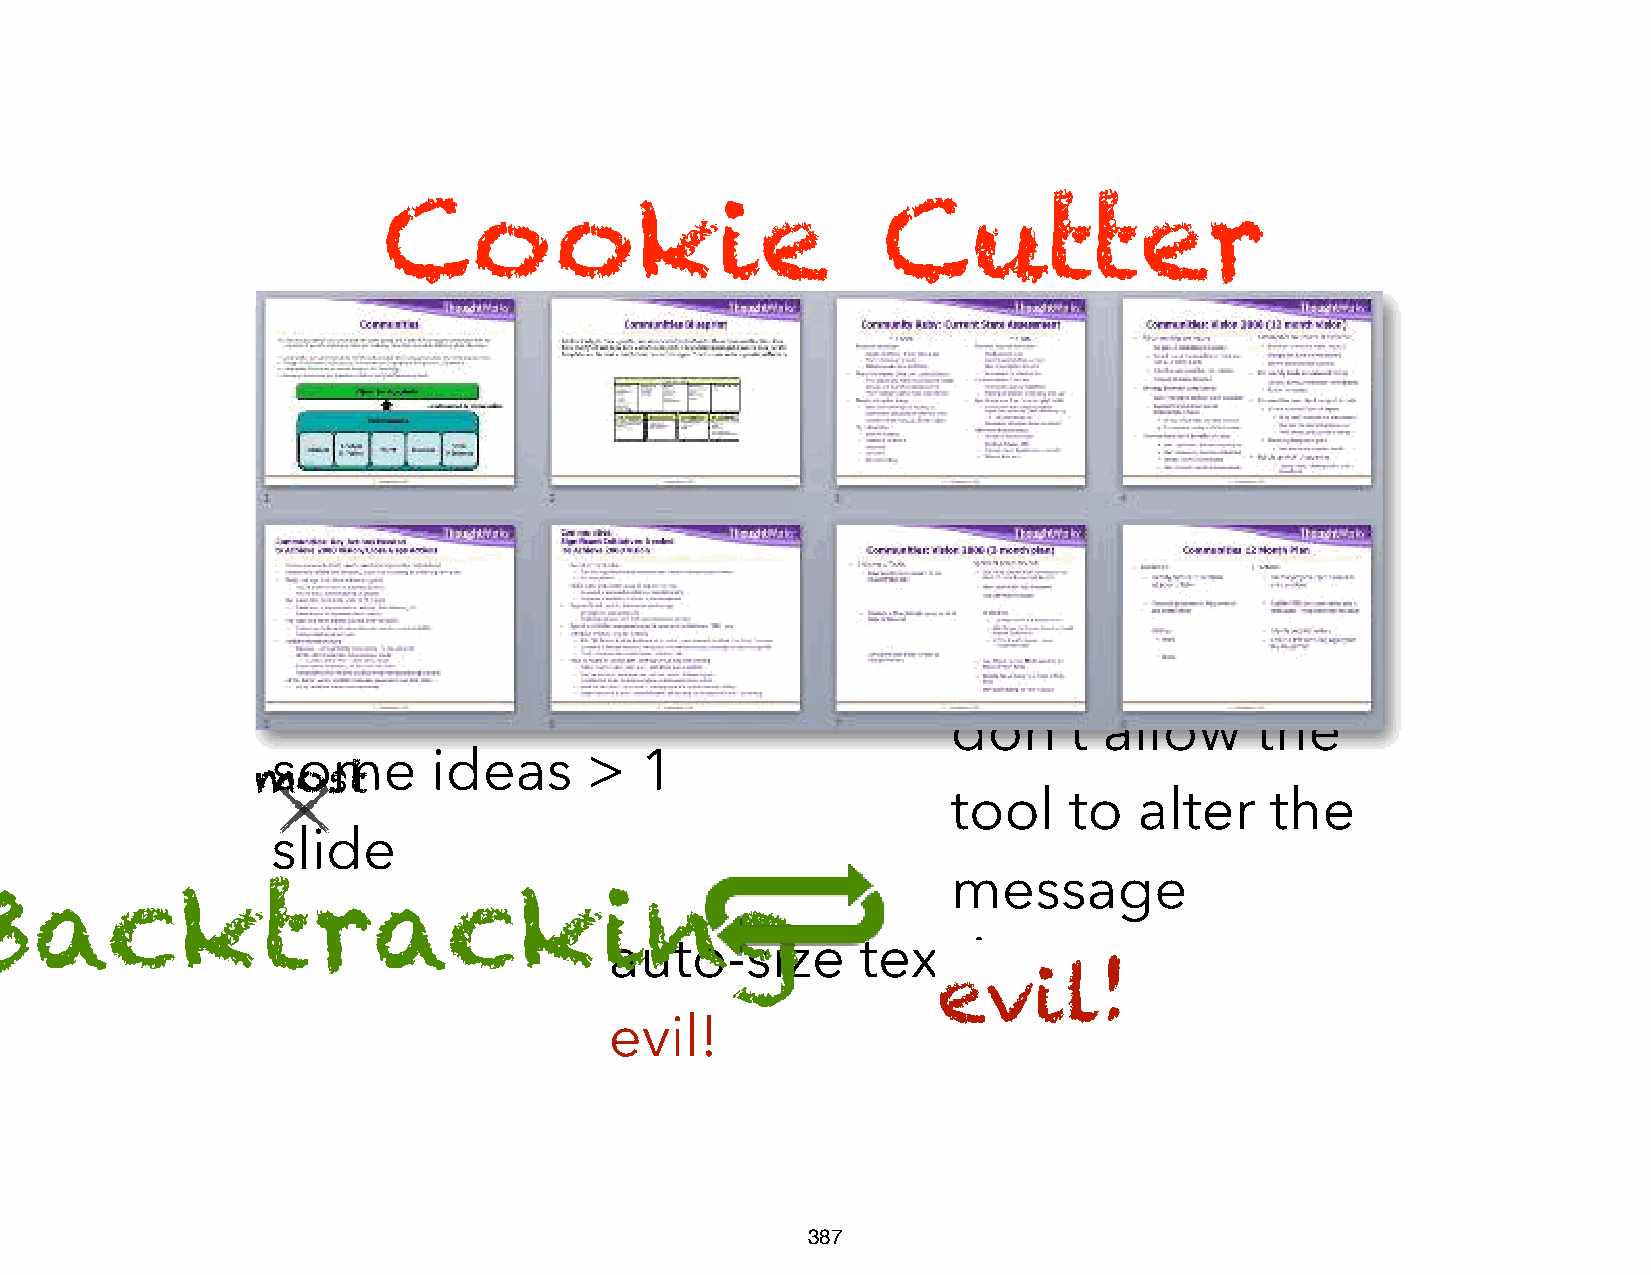
Cookie                           Cutter
 don’t     allow     the
 some       ideas     >  1
 most
 tool    to  alter    the
 slide
 message
 Backtracking
 auto-size        text   is
 evil!
 evil!
 387